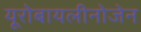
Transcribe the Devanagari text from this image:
यूरोबायलीनोजेन